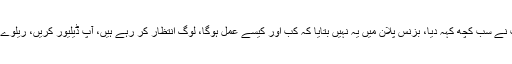
چیف جسٹس گلزار احمد نے کہا بزنس پلان میں آپ نے سب کچھ کہہ دیا، بزنس پلان میں یہ نہیں بتایا کہ کب اور کیسے عمل ہوگا، لوگ انتظار کر رہے ہیں، آپ ڈیلیور کریں، ریلوے والے اپنے لوگوں کو سونے نہ دیں، کام پر لگائیں۔